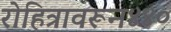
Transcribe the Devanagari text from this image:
रोहित्रावरून४४०